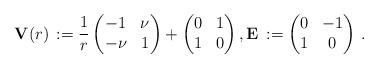
LaTeX: \begin{align*} \mathbf{V}(r)\,:=\frac{1}{r} \begin{pmatrix} -1 & \nu \\ -\nu & 1 \end{pmatrix}+ \begin{pmatrix} 0 & 1 \\ 1 & 0 \end{pmatrix}, \mathbf{E}\,:=\begin{pmatrix} 0 & -1 \\1 & 0 \end{pmatrix}\,.\end{align*}